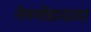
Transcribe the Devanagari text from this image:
नेमगोंडादादा